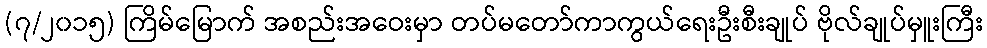
(၇/၂၀၁၅) ကြိမ်မြောက် အစည်းအဝေးမှာ တပ်မတော်ကာကွယ်ရေးဦးစီးချုပ် ဗိုလ်ချုပ်မှူးကြီး